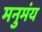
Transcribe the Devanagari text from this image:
मनुमंय